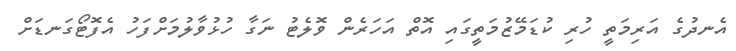
އެނދުގެ އަރިމަތީ ހުރި ކުޑަމޭޒުމަތީގައި އޮތް އަހަރެން ވޮލެޓު ނަގާ ހުޅުވާލުމަށްފަހު އެފޮޓޯގަނޑަށް